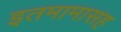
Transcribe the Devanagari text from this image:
इतमामासह